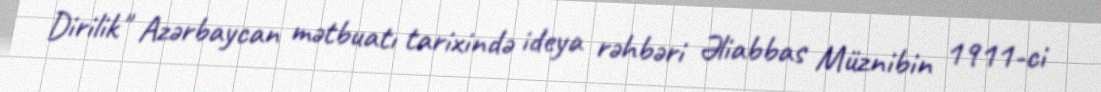
Dirilik" Azərbaycan mətbuatı tarixində ideya rəhbəri Əliabbas Müznibin 1911-ci